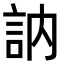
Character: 訥